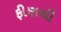
ફીણથી